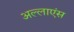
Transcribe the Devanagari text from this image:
अल्लाएंस